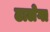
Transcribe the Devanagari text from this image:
ढालेगा